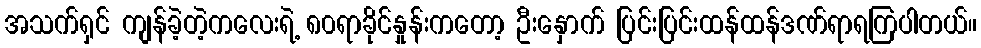
အသက်ရှင် ကျန်ခဲ့တဲ့ကလေးရဲ့ ၈၀ရာခိုင်နှုန်းကတော့ ဦးနှောက် ပြင်းပြင်းထန်ထန်ဒဏ်ရာရကြပါတယ်။